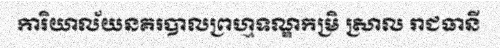
ការិយាល័យនគរបាលព្រហ្មទណ្ឌកម្រិ ស្រាល រាជធានី